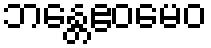
ဘန္တေဧဝမေဝ